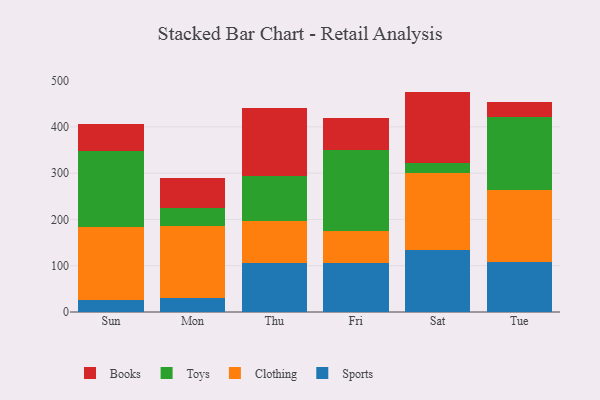
{"axis": {"x": "Day", "y": "Active Users"}, "legend": ["Books", "Clothing", "Sports", "Toys"], "data": [{"x": "Sun", "y": 26.9, "type": "Sports"}, {"x": "Sun", "y": 155.9, "type": "Clothing"}, {"x": "Sun", "y": 165.6, "type": "Toys"}, {"x": "Sun", "y": 58.7, "type": "Books"}, {"x": "Mon", "y": 29.2, "type": "Sports"}, {"x": "Mon", "y": 156.5, "type": "Clothing"}, {"x": "Mon", "y": 39.9, "type": "Toys"}, {"x": "Mon", "y": 64.6, "type": "Books"}, {"x": "Thu", "y": 106.7, "type": "Sports"}, {"x": "Thu", "y": 89.6, "type": "Clothing"}, {"x": "Thu", "y": 97.9, "type": "Toys"}, {"x": "Thu", "y": 145.5, "type": "Books"}, {"x": "Fri", "y": 105.0, "type": "Sports"}, {"x": "Fri", "y": 70.7, "type": "Clothing"}, {"x": "Fri", "y": 175.3, "type": "Toys"}, {"x": "Fri", "y": 68.8, "type": "Books"}, {"x": "Sat", "y": 133.2, "type": "Sports"}, {"x": "Sat", "y": 166.6, "type": "Clothing"}, {"x": "Sat", "y": 21.5, "type": "Toys"}, {"x": "Sat", "y": 154.8, "type": "Books"}, {"x": "Tue", "y": 108.8, "type": "Sports"}, {"x": "Tue", "y": 155.1, "type": "Clothing"}, {"x": "Tue", "y": 158.0, "type": "Toys"}, {"x": "Tue", "y": 31.5, "type": "Books"}]}